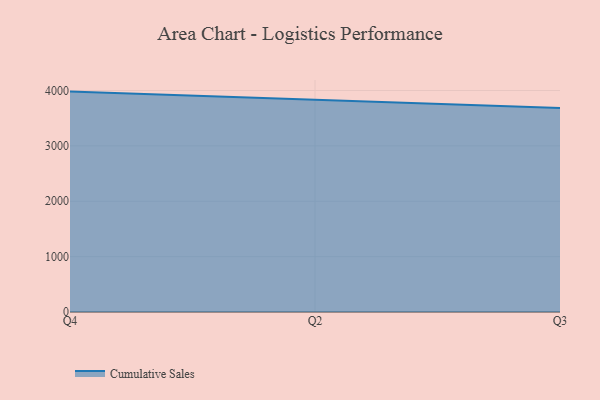
{"axis": {"x": "Quarter", "y": "Budget (USD K)"}, "legend": ["Cumulative Sales"], "data": [{"x": "Q4", "y": 3980.4, "type": "Cumulative Sales"}, {"x": "Q2", "y": 3838.3, "type": "Cumulative Sales"}, {"x": "Q3", "y": 3684.5, "type": "Cumulative Sales"}]}